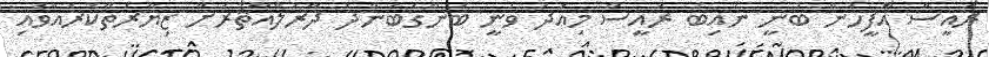
ރައީސް އޮފީހުން ބުނީ ނައިބު ރައީސް މިއަދު ވަނީ ބަންގަބަންދު ދާރުލްއާޘާރަށް ޒިޔާރަތްކުރައްވައި